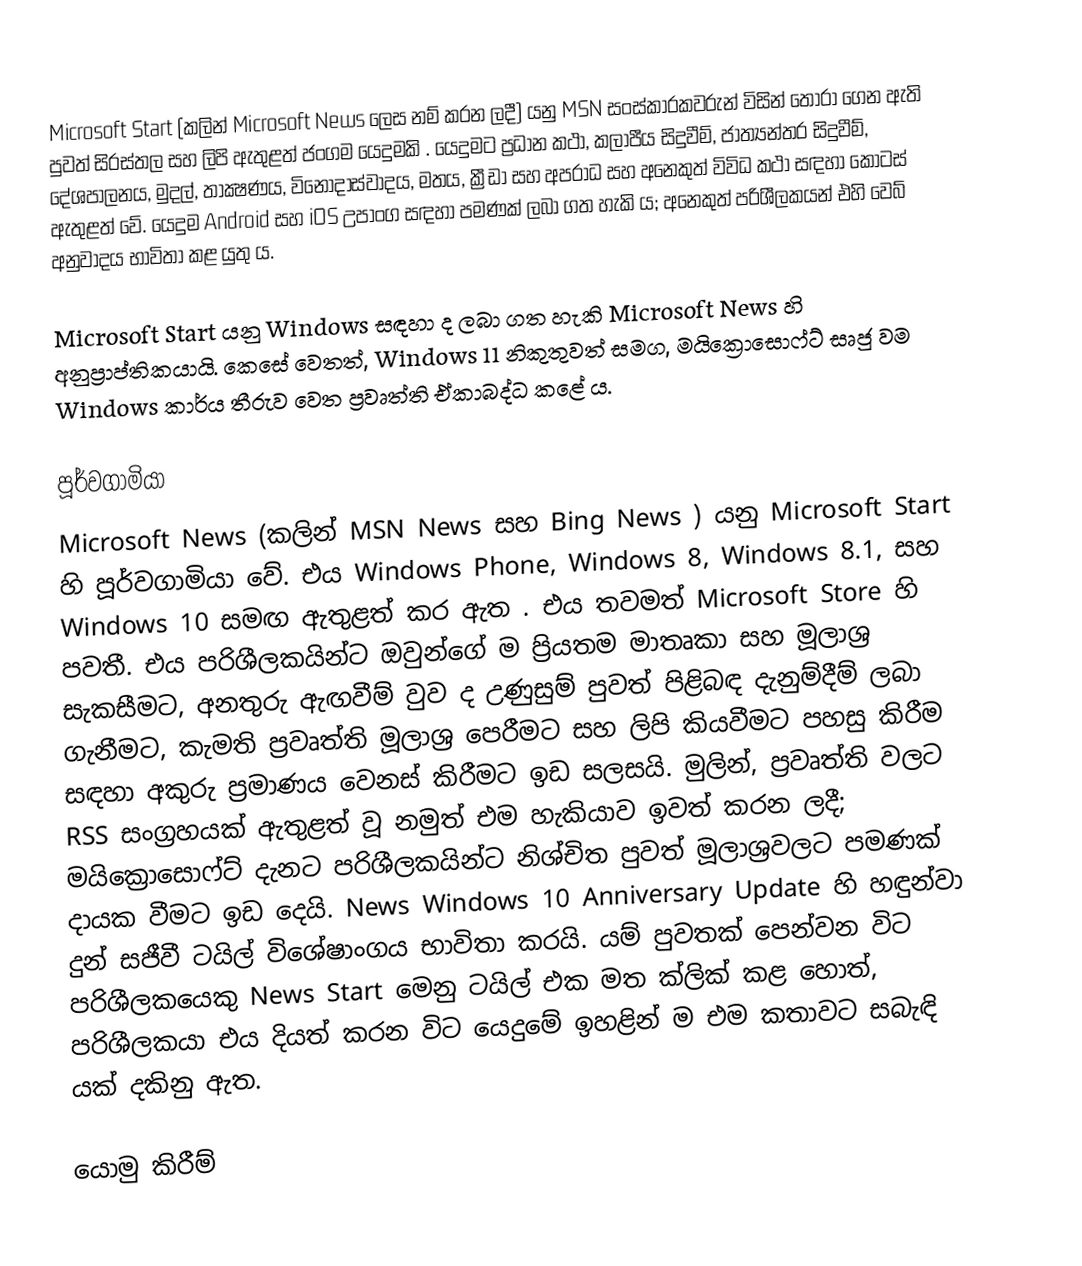
Microsoft Start (කලින් Microsoft News ලෙස නම් කරන ලදී) යනු MSN සංස්කාරකවරුන් විසින් තෝරා ගෙන ඇති පුවත් සිරස්තල සහ ලිපි ඇතුළත් ජංගම යෙදුමකි . යෙදුමට ප්‍රධාන කථා, කලාපීය සිදුවීම්, ජාත්‍යන්තර සිදුවීම්, දේශපාලනය, මුදල්, තාක්‍ෂණය, විනෝදාස්වාදය, මතය, ක්‍රීඩා සහ අපරාධ සහ අනෙකුත් විවිධ කථා සඳහා කොටස් ඇතුළත් වේ. යෙදුම Android සහ iOS උපාංග සඳහා පමණක් ලබා ගත හැකි ය; අනෙකුත් පරිශීලකයන් එහි වෙබ් අනුවාදය භාවිතා කළ යුතු ය.

Microsoft Start යනු Windows සඳහා ද ලබා ගත හැකි Microsoft News හි අනුප්‍රාප්තිකයායි.  කෙසේ වෙතත්, Windows 11 නිකුතුවත් සමග, මයික්‍රොසොෆ්ට් සෘජු වම Windows කාර්ය තීරුව වෙත ප්‍රවෘත්ති ඒකාබද්ධ කළේ ය.

පූර්වගාමියා
Microsoft News (කලින් MSN News සහ Bing News ) යනු Microsoft Start හි පූර්වගාමියා වේ. එය Windows Phone, Windows 8, Windows 8.1, සහ Windows 10 සමඟ ඇතුළත් කර ඇත . එය තවමත් Microsoft Store හි පවතී.  එය පරිශීලකයින්ට ඔවුන්ගේ ම ප්‍රියතම මාතෘකා සහ මූලාශ්‍ර සැකසීමට, අනතුරු ඇඟවීම් වුව ද උණුසුම් පුවත් පිළිබඳ දැනුම්දීම් ලබා ගැනීමට, කැමති ප්‍රවෘත්ති මූලාශ්‍ර පෙරීමට සහ ලිපි කියවීමට පහසු කිරීම සඳහා අකුරු ප්‍රමාණය වෙනස් කිරීමට ඉඩ සලසයි.  මුලින්, ප්‍රවෘත්ති වලට RSS සංග්‍රහයක් ඇතුළත් වූ නමුත් එම හැකියාව ඉවත් කරන ලදී; මයික්‍රොසොෆ්ට් දැනට පරිශීලකයින්ට නිශ්චිත පුවත් මූලාශ්‍රවලට පමණක් දායක වීමට ඉඩ දෙයි.  News Windows 10 Anniversary Update හි හඳුන්වා දුන් සජීවී ටයිල් විශේෂාංගය භාවිතා කරයි. යම් පුවතක් පෙන්වන විට පරිශීලකයෙකු News Start මෙනු ටයිල් එක මත ක්ලික් කළ හොත්, පරිශීලකයා එය දියත් කරන විට යෙදුමේ ඉහළින් ම එම කතාවට සබැඳි යක් දකිනු ඇත.

යොමු කිරීම්